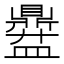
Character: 𱲞